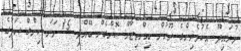
މުރައިދޫ އެކުވެރިންގެ ރޫހުން އިންތިޒާމް ކޮށްގެން ބޭއްވި 15 ވަނަ ކިންގް ކަޕުގެ